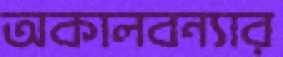
অকালবন্যার